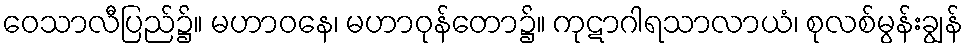
ဝေသာလီပြည်၌။ မဟာဝနေ၊ မဟာဝုန်တော၌။ ကုဋာဂါရသာလာယံ၊ စုလစ်မွန်းချွန်